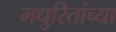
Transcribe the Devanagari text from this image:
मधुरितांच्या